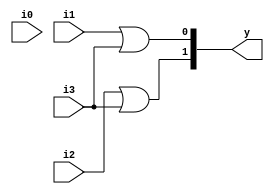
module encoder_4to2_gates (i0,i1,i2,i3,y);
input i0,i1,i2,i3;
output [1:0] y;

or o1 (y[0],i1,i3);
or o2 (y[1],i2,i3);

endmodule